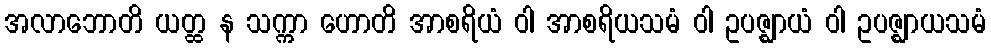
အလာဘောတိ ယတ္ထ န သက္ကာ ဟောတိ အာစရိယံ ဝါ အာစရိယသမံ ဝါ ဥပဇ္ဈာယံ ဝါ ဥပဇ္ဈာယသမံ